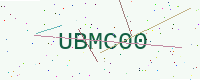
Text: UBMC00